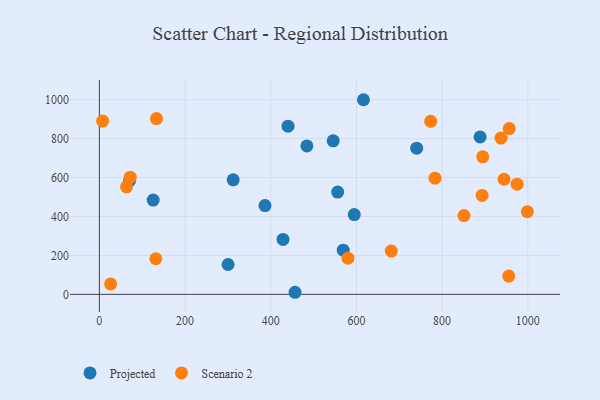
{"axis": {"x": "Distance", "y": "Demand"}, "legend": ["Projected", "Scenario 2"], "data": [{"x": "386.6", "y": 456.0, "type": "Projected"}, {"x": "484.4", "y": 762.1, "type": "Projected"}, {"x": "312.3", "y": 588.2, "type": "Projected"}, {"x": "545.8", "y": 788.4, "type": "Projected"}, {"x": "595.0", "y": 410.0, "type": "Projected"}, {"x": "456.8", "y": 10.7, "type": "Projected"}, {"x": "569.2", "y": 227.0, "type": "Projected"}, {"x": "888.7", "y": 808.3, "type": "Projected"}, {"x": "440.4", "y": 864.0, "type": "Projected"}, {"x": "556.3", "y": 525.5, "type": "Projected"}, {"x": "428.7", "y": 282.1, "type": "Projected"}, {"x": "300.5", "y": 153.4, "type": "Projected"}, {"x": "740.7", "y": 750.8, "type": "Projected"}, {"x": "616.5", "y": 999.6, "type": "Projected"}, {"x": "70.5", "y": 584.1, "type": "Projected"}, {"x": "125.6", "y": 484.0, "type": "Projected"}, {"x": "975.1", "y": 565.8, "type": "Scenario 2"}, {"x": "894.9", "y": 706.1, "type": "Scenario 2"}, {"x": "999.1", "y": 424.8, "type": "Scenario 2"}, {"x": "133.3", "y": 902.8, "type": "Scenario 2"}, {"x": "956.7", "y": 851.2, "type": "Scenario 2"}, {"x": "681.4", "y": 222.4, "type": "Scenario 2"}, {"x": "72.1", "y": 601.7, "type": "Scenario 2"}, {"x": "26.3", "y": 53.8, "type": "Scenario 2"}, {"x": "783.5", "y": 596.9, "type": "Scenario 2"}, {"x": "893.5", "y": 507.9, "type": "Scenario 2"}, {"x": "580.2", "y": 185.9, "type": "Scenario 2"}, {"x": "773.4", "y": 888.7, "type": "Scenario 2"}, {"x": "937.5", "y": 802.4, "type": "Scenario 2"}, {"x": "63.5", "y": 552.4, "type": "Scenario 2"}, {"x": "944.7", "y": 591.1, "type": "Scenario 2"}, {"x": "131.8", "y": 183.0, "type": "Scenario 2"}, {"x": "851.1", "y": 404.5, "type": "Scenario 2"}, {"x": "7.6", "y": 889.9, "type": "Scenario 2"}, {"x": "955.7", "y": 93.9, "type": "Scenario 2"}]}